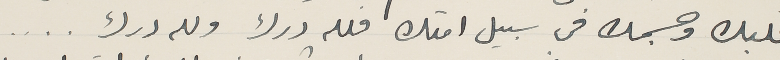
قلبك وجسمك فى سبيل امتك فلله درك ولله درك ....